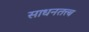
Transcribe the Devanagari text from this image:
साधनतत्त्ब